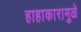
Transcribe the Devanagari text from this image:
हाहाकारामुळे